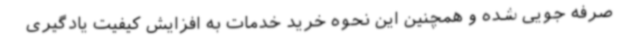
صرفه جویی شده و همچنین این نحوه خرید خدمات به افزایش کیفیت یادگیری